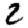
Digit: 2